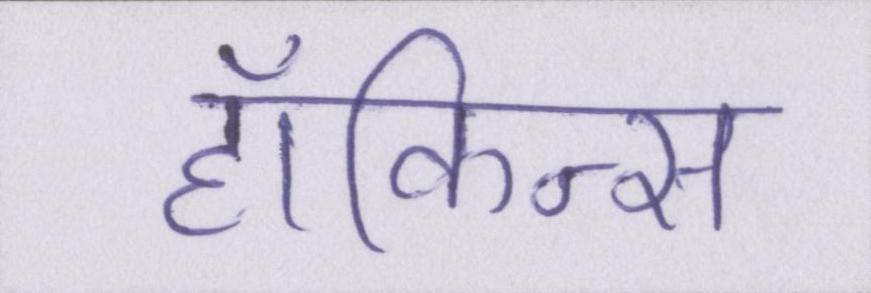
हॉकिन्स